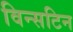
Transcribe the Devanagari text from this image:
विन्सटिन